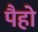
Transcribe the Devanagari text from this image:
पैहो